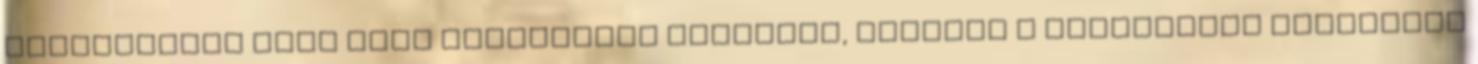
alkalmazása azon PCOS betegeknél javasolt, akiknél a betegséget vélhetõen